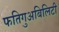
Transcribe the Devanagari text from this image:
फतिगुअबिलिटी